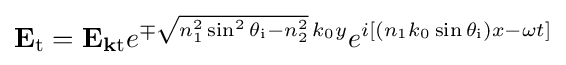
\mathbf {E} _{\text{t}}=\mathbf {E} _{\mathbf {k} {\text{t}}}e^{\mp {\sqrt {n_{1}^{2}\sin ^{2}\theta _{\text{i}}-n_{2}^{2}}}\,k_{0}y}e^{i[(n_{1}k_{0}\sin \theta _{\text{i}})x-\omega t]}